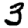
Digit: 3